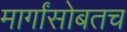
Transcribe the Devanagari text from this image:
मार्गांसोबतच